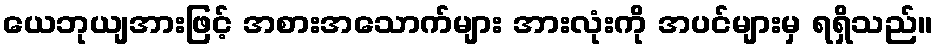
ယေဘုယျအားဖြင့် အစားအသောက်များ အားလုံးကို အပင်များမှ ရရှိသည်။